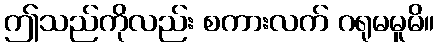
ဤသည်ကိုလည်း စကားလက် ဂရုမမူမိ။